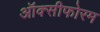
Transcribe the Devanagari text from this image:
ऑक्सीफोरम